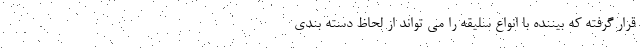
قرار گرفته که بیننده با انواع سلیقه را می تواند از لحاظ دسته بندی